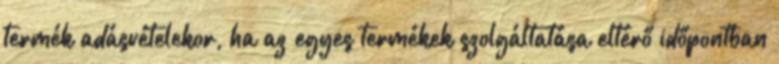
termék adásvételekor, ha az egyes termékek szolgáltatása eltérő időpontban